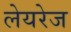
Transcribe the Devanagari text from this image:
लेयरेज